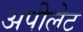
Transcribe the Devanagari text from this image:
अपीलेट